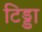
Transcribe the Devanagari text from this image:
टिड्डा